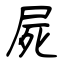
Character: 屍